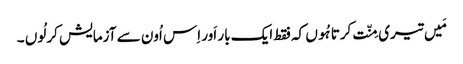
مَیں تیری مِنّت کرتا ہُوں کہ فقط ایک بار اَور اِس اُون سے آزمایش کر لُوں ۔